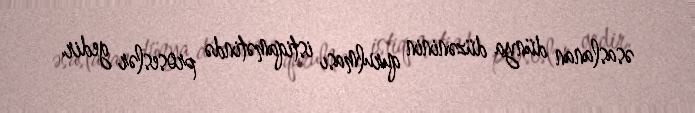
əsaslanan dünya düzəninin qurulması istiqamətində proseslər gedir.